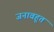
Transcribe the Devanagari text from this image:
जनावहूत